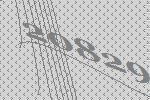
20829